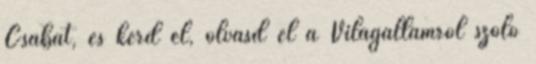
Csabát, és kérd el, olvasd el a Világállamról szóló